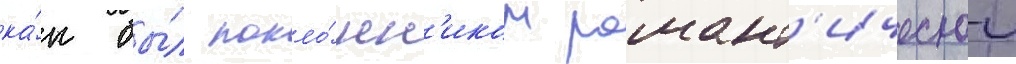
ка́к бы́л покло́нн'иком романт'ическои